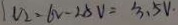
V _ { 2 } = 6 V - 2 . 5 V = 3 . 5 V .